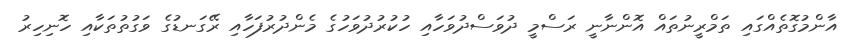
އާންމުގޮތެއްގައި ތަމްރީނުތައް އޮންނާނީ ރަސްމީ ދުވަސްދުވަހާއި ހުކުރުދުވަހުގެ މެންދުރުފަހާއި ރޭގަނޑުގެ ވަގުތުތަކާއި ހޮނިހިރު